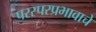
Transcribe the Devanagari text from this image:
परस्परप्रभावाचे